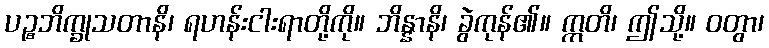
ပဉ္စဘိက္ခုသတာနိ၊ ရဟန်းငါးရာတို့ကို။ ဘိန္နာနိ၊ ခွဲကုန်၏။ ဣတိ၊ ဤသို့။ ဝတွာ၊